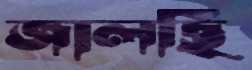
জালছি